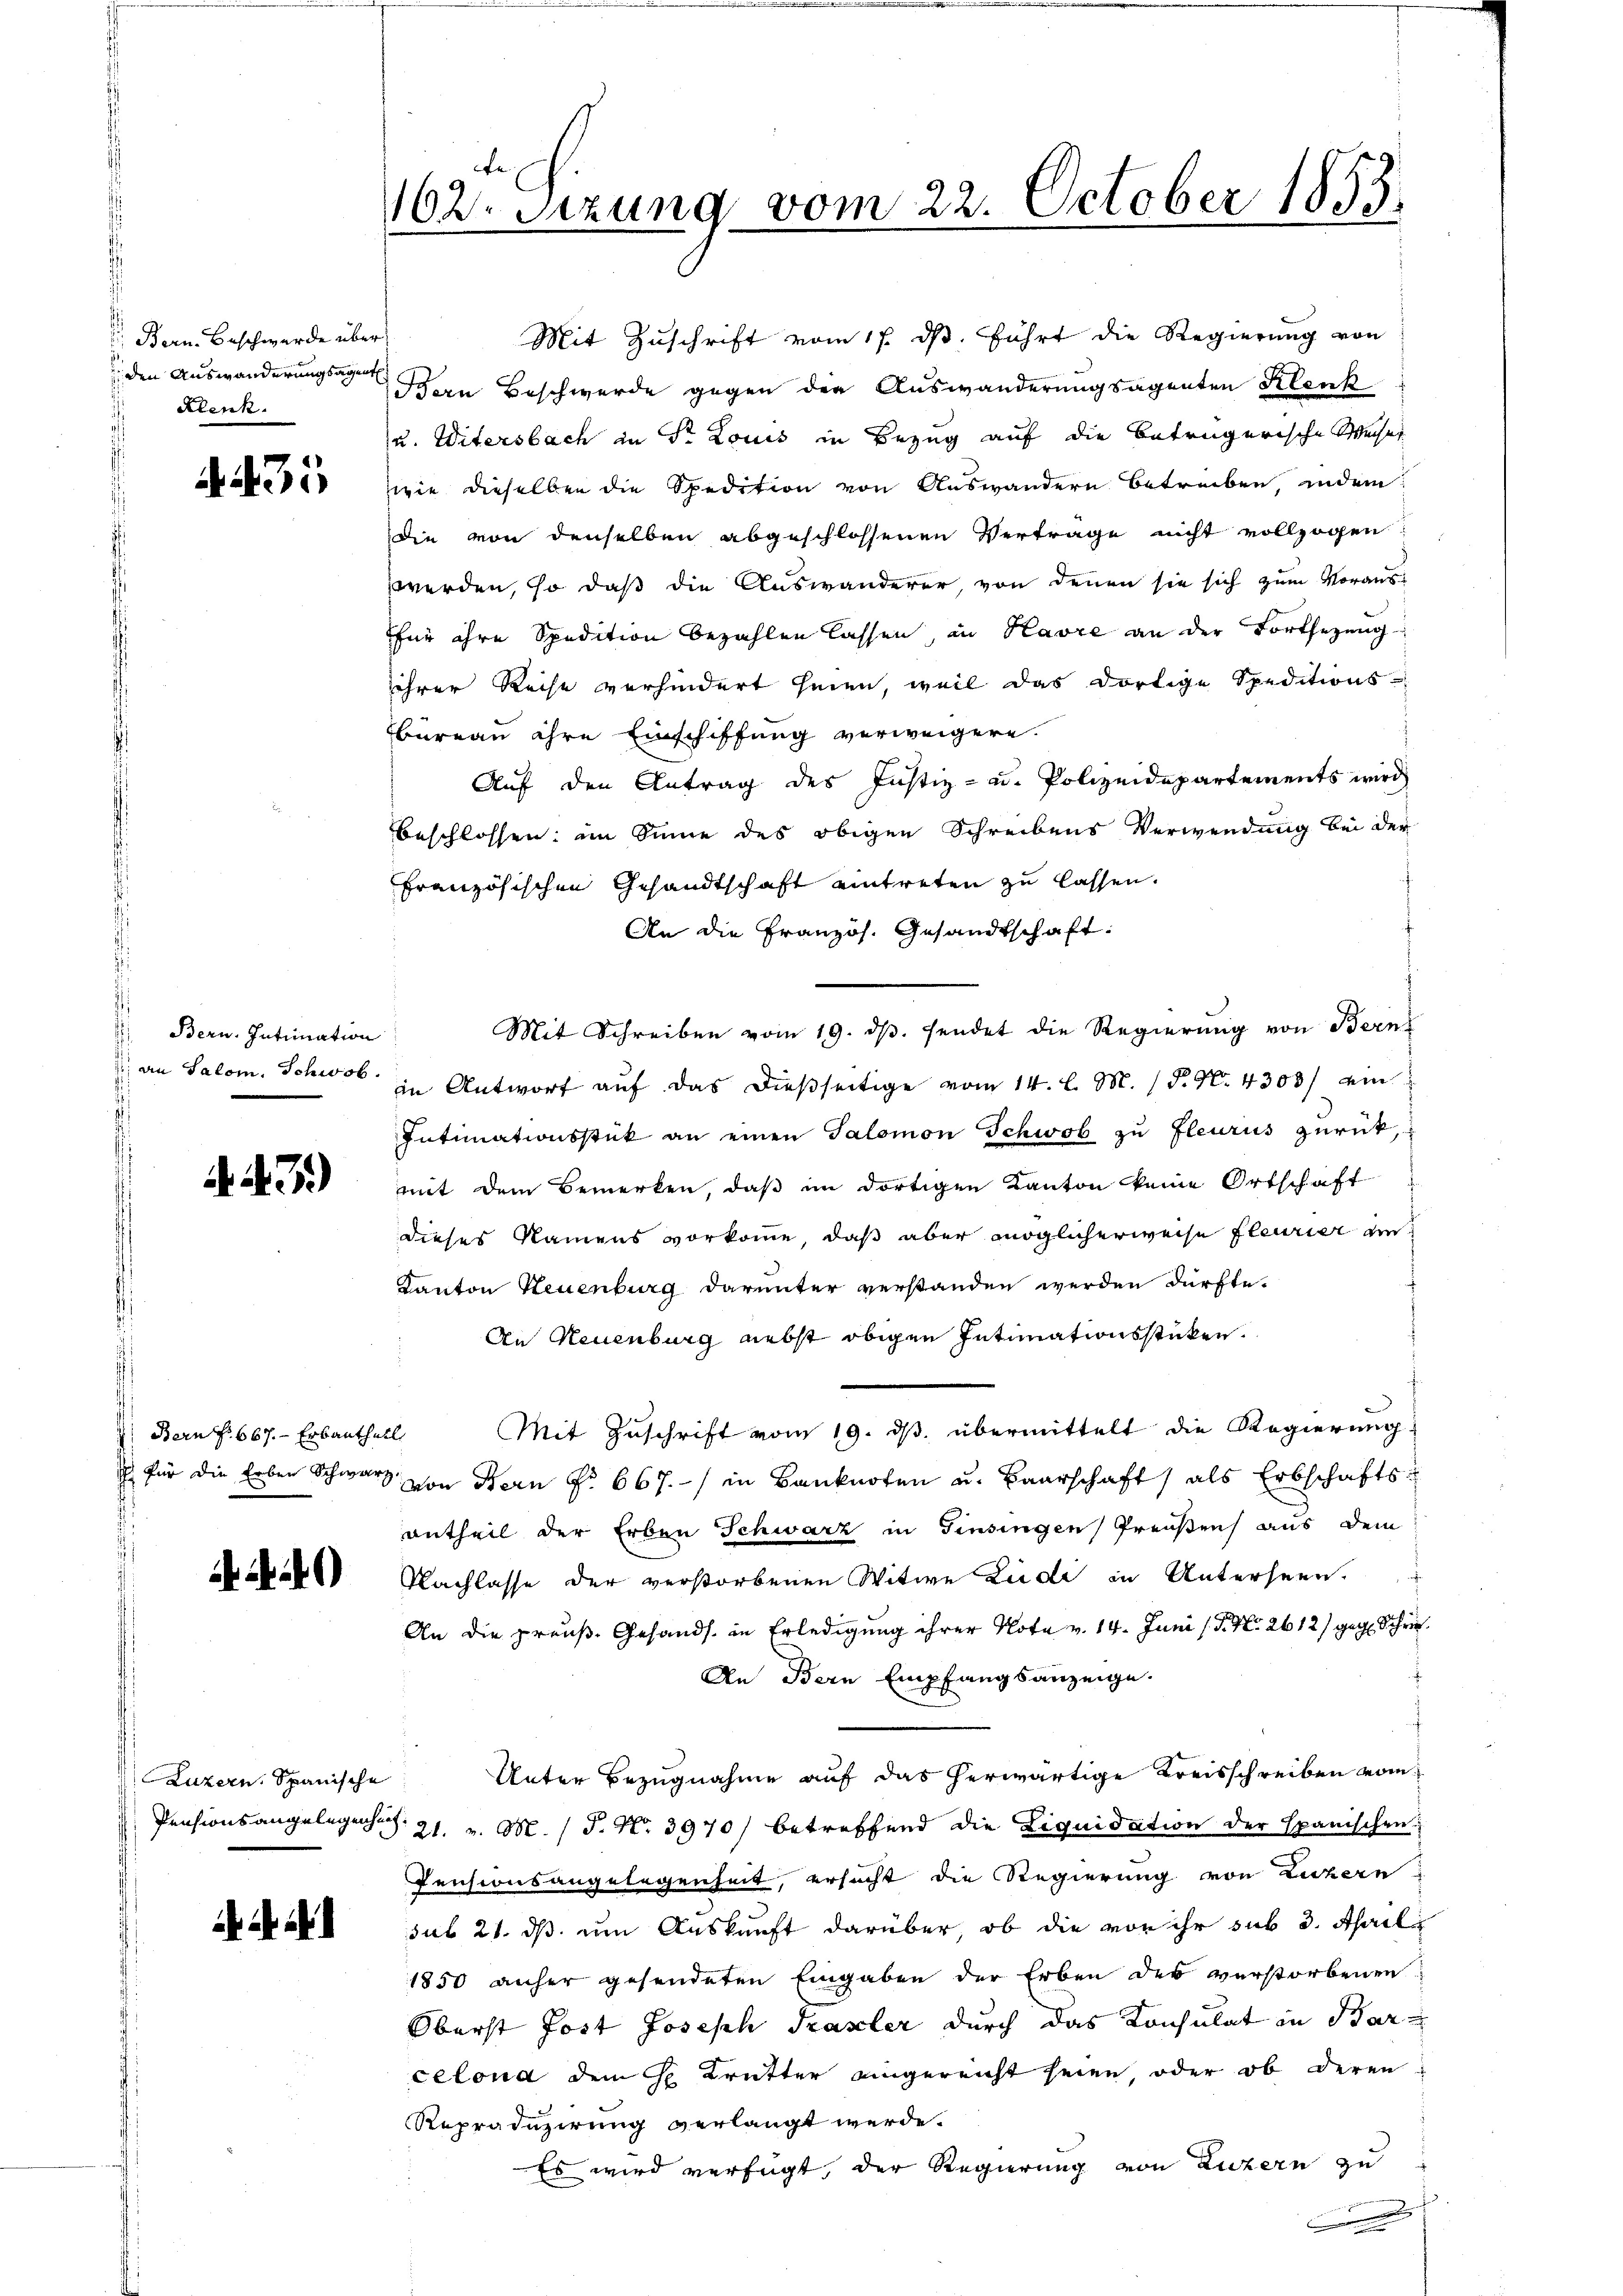
Bern. Beschwerde über
den Auswanderungsagent
Klenk

35

Bern. Intimation
an Salom. Schwab

47)

Bern f. 667. - Erbantheil

0)

Luzern, Spanische

162. Setzung vom 22. October 1853

Mit Zuschrift vom 17. ds. führt die Regierung von
den Beschwerde gegen der Auswanderungsagenten Klenk
u. Witersbach in Dr Louis in Bezug auf die betrügerische Weiser
wie dieselben die Spedition von Auswandern betreiben, indem
die von denselben abgeschlossenen Verträge nicht vollzogen:
werden, so daß die Auswanderer, von denen sie sich zum Voraus-
für ihre Spedition bezahlen lassen, in Havre an der Fortsezung
ihrer Reise verhindert seien, weil das dortige Speditions-
Büreau ihre Einschiffung verweigern.
Auf den Antrag des Justiz- u. Polizeidepartements wird
beschlossen: im Sinne des obigen Schreibens Verwendung bei der
französischen Gesandtschaft eintreten zu lassen.
An die Französ. Gesandtschaft:
Mit Schreiben vom 19. ds. sendet die Regierung von Bern
in Antwort auf das dießseitige vom 14. l. M. P. Nr. 4308/ ein
Intimationsstück an einen Salomon Schwob zu fleurus zurück,
mit dem Bemerken, daß im dortigen Kanton keine Ortschaft
dieses Namens vorkomme, daß aber möglicherweise fleurier un
Kanton Neuenburg darunter verstanden werden dürfte.
An Neuenburg nebst obigen Intimationsstücken.
Mit Zuschrift vom 19. ds. übermittelt die Regierung
 für die Erben Schwarz von Fern No 667. / in Banknoten u. Baarschaft) als Erbschaftsantheil der Erben Schwarz in Finsingen Preußen aus dem
Nachlasse der verstorbenen Witwe Ludi in Unterseen.
An die preuß. Gesands in Erledigung ihrer Note v. 14. Juni (S. Nr. 2612) gegen Schrie¬
An Bern Empfangsanzeige.
Unter Bezugnahme auf das herwärtige Kreisschreiben vom
Pensionsangelegenheit. 21. v. M. / P. Nr. 3970) betreffend die Liquidation der Spanischen
Pensionsangelegenheit, ersucht die Regierung von Listern
sub 21. ds. um Auskunft darüber, ob die von ihr sub 3. Aprili
1850 anher gesendeten Eingaben der Erben des verstorbenen
Oberst Jost Joseph Pasler durch das Konsulat in Bar
celona dem H. Brütter eingereicht seien, oder ob deren
Reproduzirung verlangt werde.
Es wird verfügt, der Regierung von Luzern zu